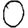
Digit: 0